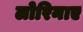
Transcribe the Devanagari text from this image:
लोरिनाए